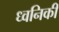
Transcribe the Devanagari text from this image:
ध्‍वनिकी